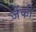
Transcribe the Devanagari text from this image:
जेंकी